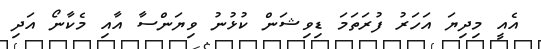
އެއީ މިދިޔަ އަހަރު ފުރަތަމަ ޑިވިޝަން ކުޅުނު ވިޔަންސާ އާއި މެކާނޯ އަދި